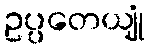
ဥပ္ပတေယျုံ